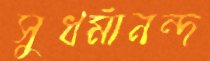
সুধর্মানন্দ